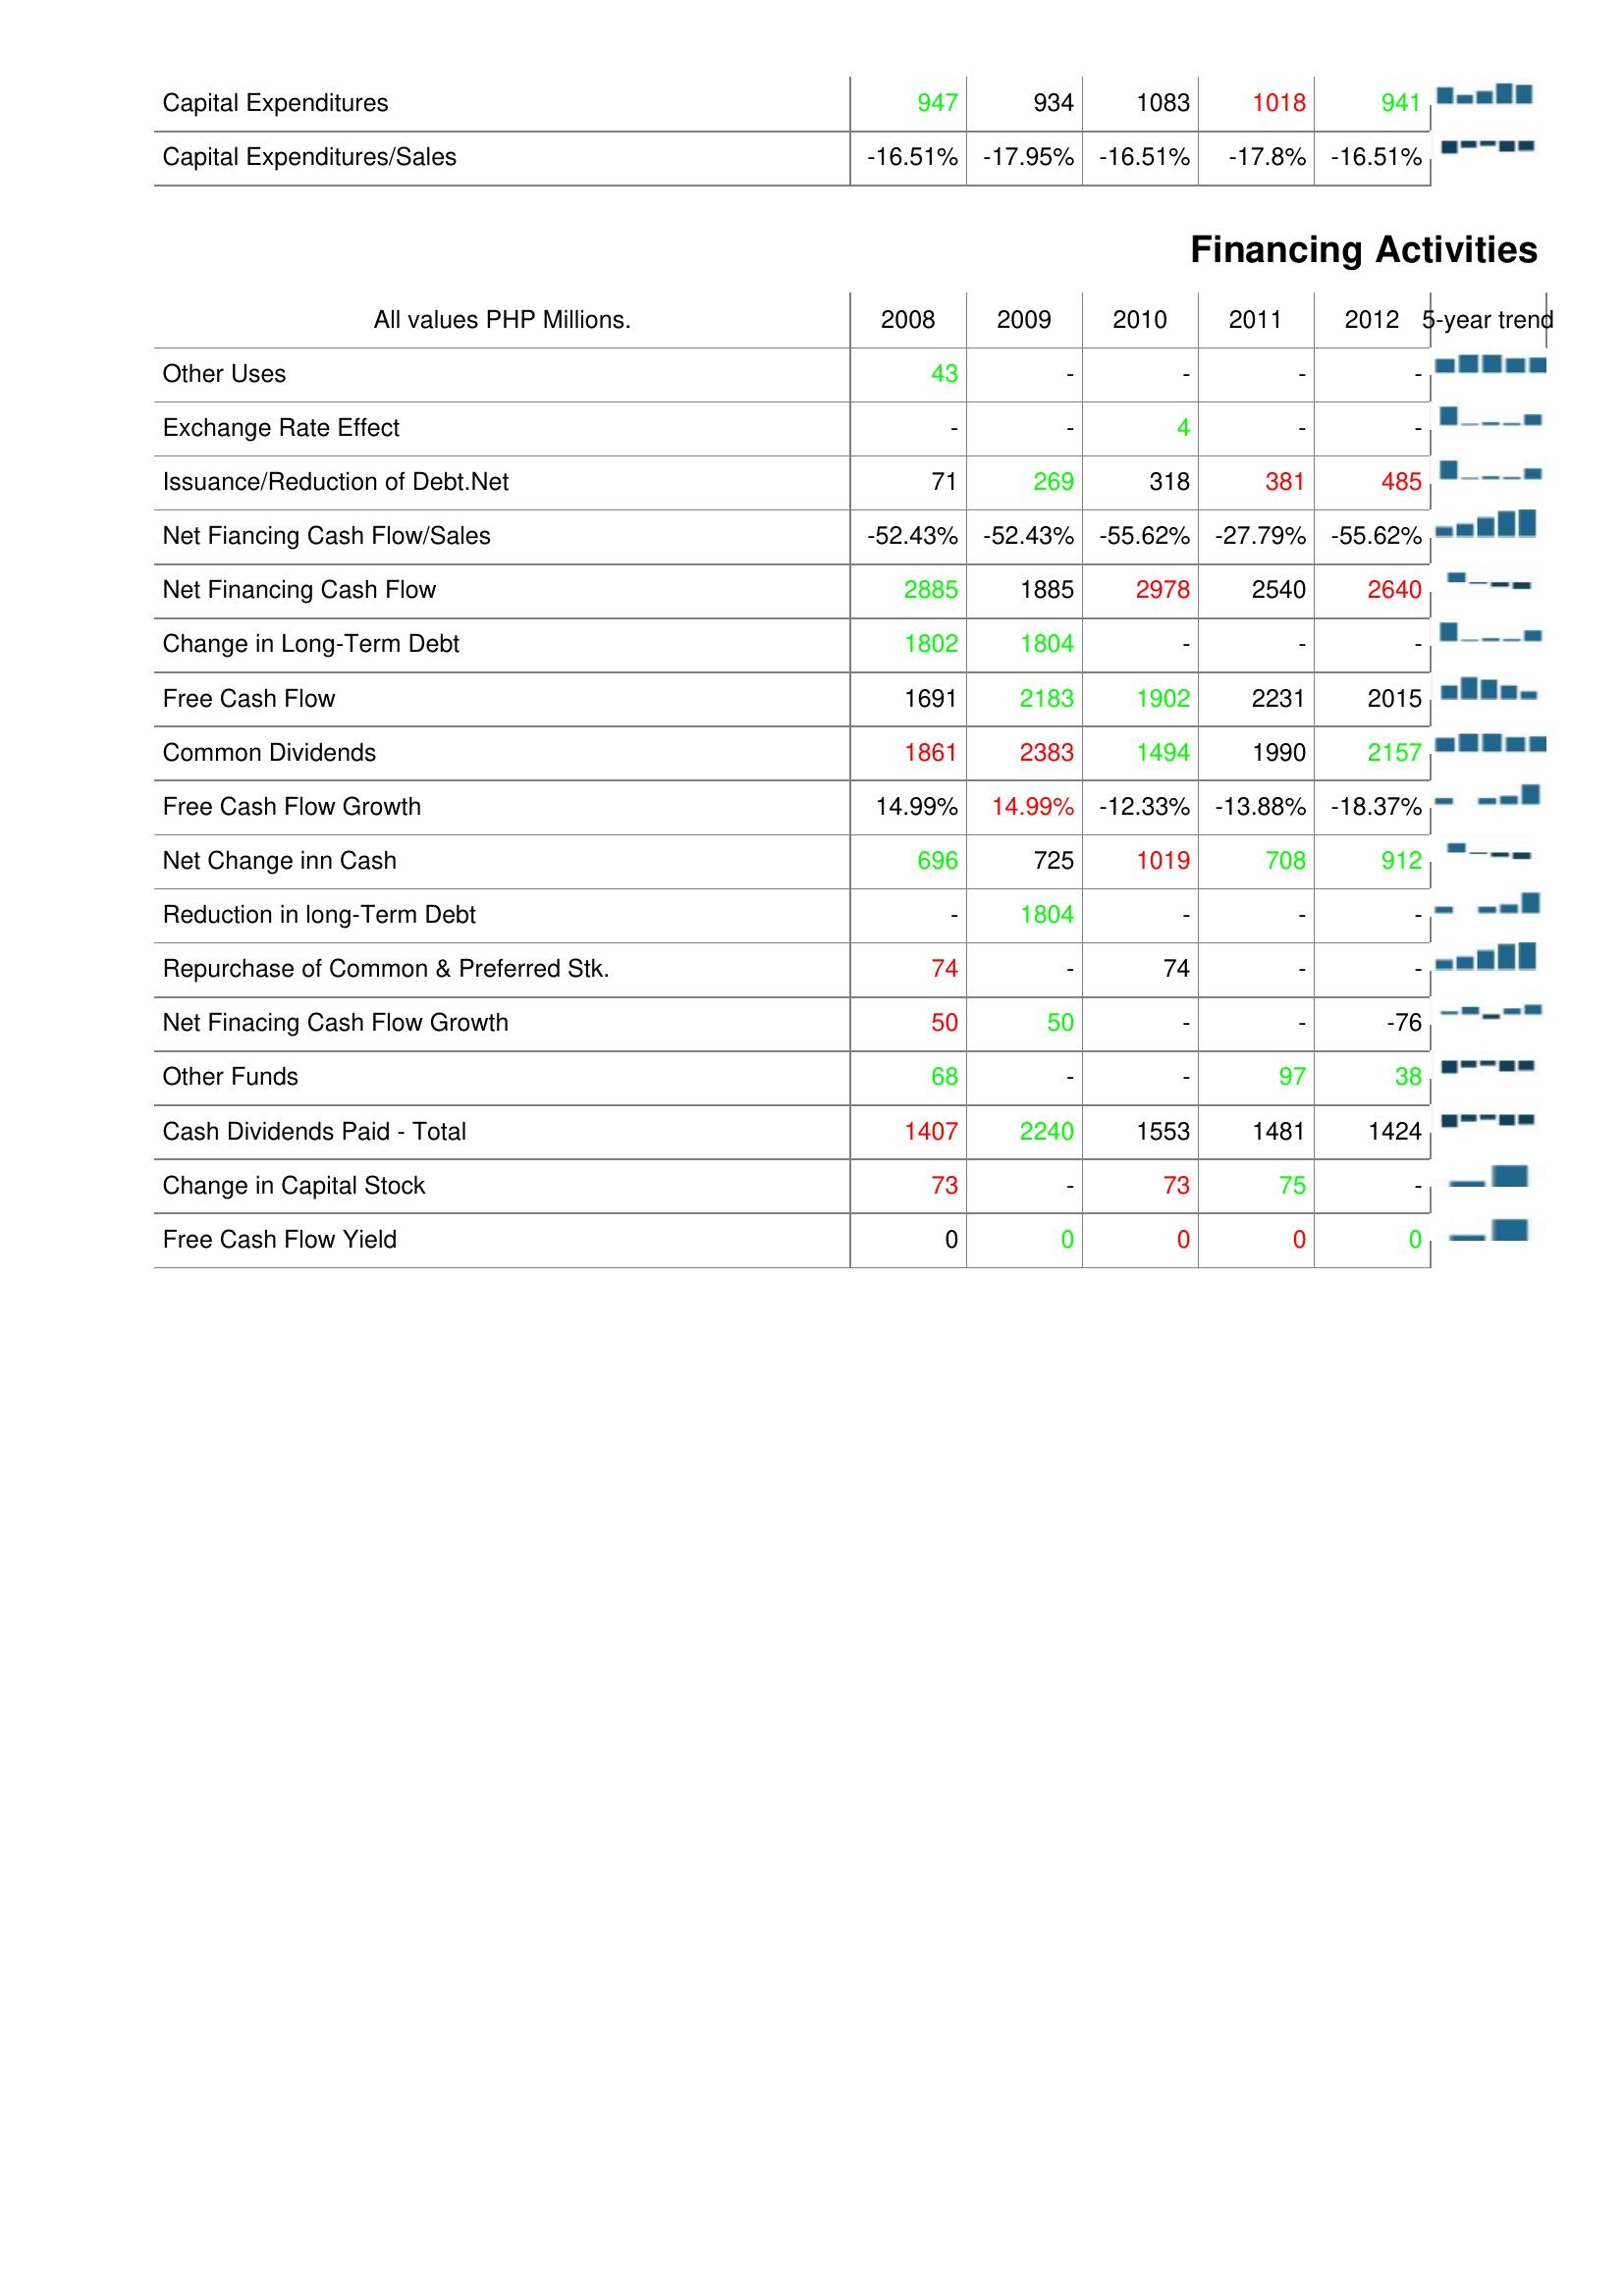
2008: Investing Activities: Capital Expenditures: 947
Capital Expenditures/Sales: -16.51%
Financing Activities: Other Uses: 43
Exchange Rate Effect: -
Issuance/Reduction of Debt.Net: 71
Net Fiancing Cash Flow/Sales: -52.43%
Net Financing Cash Flow: 2885
Change in Long-Term Debt: 1802
Free Cash Flow: 1691
Common Dividends: 1861
Free Cash Flow Growth: 14.99%
Net Change inn Cash: 696
Reduction in long-Term Debt: -
Repurchase of Common & Preferred Stk.: 74
Net Finacing Cash Flow Growth: 50
Other Funds: 68
Cash Dividends Paid - Total: 1407
Change in Capital Stock: 73
Free Cash Flow Yield: 0
2009: Investing Activities: Capital Expenditures: 934
Capital Expenditures/Sales: -17.95%
Financing Activities: Other Uses: -
Exchange Rate Effect: -
Issuance/Reduction of Debt.Net: 269
Net Fiancing Cash Flow/Sales: -52.43%
Net Financing Cash Flow: 1885
Change in Long-Term Debt: 1804
Free Cash Flow: 2183
Common Dividends: 2383
Free Cash Flow Growth: 14.99%
Net Change inn Cash: 725
Reduction in long-Term Debt: 1804
Repurchase of Common & Preferred Stk.: -
Net Finacing Cash Flow Growth: 50
Other Funds: -
Cash Dividends Paid - Total: 2240
Change in Capital Stock: -
Free Cash Flow Yield: 0
2010: Investing Activities: Capital Expenditures: 1083
Capital Expenditures/Sales: -16.51%
Financing Activities: Other Uses: -
Exchange Rate Effect: 4
Issuance/Reduction of Debt.Net: 318
Net Fiancing Cash Flow/Sales: -55.62%
Net Financing Cash Flow: 2978
Change in Long-Term Debt: -
Free Cash Flow: 1902
Common Dividends: 1494
Free Cash Flow Growth: -12.33%
Net Change inn Cash: 1019
Reduction in long-Term Debt: -
Repurchase of Common & Preferred Stk.: 74
Net Finacing Cash Flow Growth: -
Other Funds: -
Cash Dividends Paid - Total: 1553
Change in Capital Stock: 73
Free Cash Flow Yield: 0
2011: Investing Activities: Capital Expenditures: 1018
Capital Expenditures/Sales: -17.8%
Financing Activities: Other Uses: -
Exchange Rate Effect: -
Issuance/Reduction of Debt.Net: 381
Net Fiancing Cash Flow/Sales: -27.79%
Net Financing Cash Flow: 2540
Change in Long-Term Debt: -
Free Cash Flow: 2231
Common Dividends: 1990
Free Cash Flow Growth: -13.88%
Net Change inn Cash: 708
Reduction in long-Term Debt: -
Repurchase of Common & Preferred Stk.: -
Net Finacing Cash Flow Growth: -
Other Funds: 97
Cash Dividends Paid - Total: 1481
Change in Capital Stock: 75
Free Cash Flow Yield: 0
2012: Investing Activities: Capital Expenditures: 941
Capital Expenditures/Sales: -16.51%
Financing Activities: Other Uses: -
Exchange Rate Effect: -
Issuance/Reduction of Debt.Net: 485
Net Fiancing Cash Flow/Sales: -55.62%
Net Financing Cash Flow: 2640
Change in Long-Term Debt: -
Free Cash Flow: 2015
Common Dividends: 2157
Free Cash Flow Growth: -18.37%
Net Change inn Cash: 912
Reduction in long-Term Debt: -
Repurchase of Common & Preferred Stk.: -
Net Finacing Cash Flow Growth: -76
Other Funds: 38
Cash Dividends Paid - Total: 1424
Change in Capital Stock: -
Free Cash Flow Yield: 0